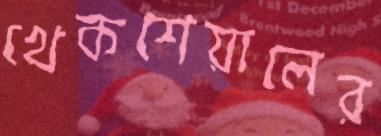
খেকশেয়ালের